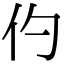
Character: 仢